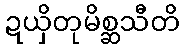
ဍယှိတုမိစ္ဆသီတိ